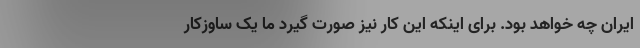
ایران چه خواهد بود. برای اینکه این کار نیز صورت گیرد ما یک ساوزکار